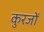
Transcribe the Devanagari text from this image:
कुरजों